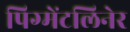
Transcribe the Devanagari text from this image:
पिग्मेंटलिनेर